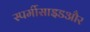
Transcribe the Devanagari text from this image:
स्पर्मीसाइडऔर